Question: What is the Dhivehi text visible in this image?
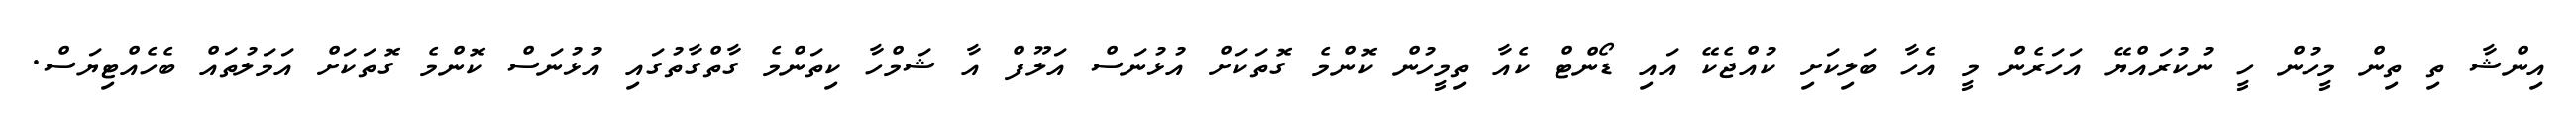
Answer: އިންޝާ ތި ތިން މީހުން ހީ ނުކުރައްޔޭ އަހަރެން މީ އެހާ ބަލިކަށި ކުއްޖެކޭ އައި ޑޯންޓް ކެއާ ތިމީހުން ކޮންމެ ގޮތަކަށް އުޅުނަސް އަލޫފް އާ ޝަމްހާ ކިތަންމެ ގާތްގާތުގައި އުޅުނަސް ކޮންމެ ގޮތަކަށް އަމަލުތައް ބެހެއްޓިޔަސް.